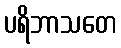
ပရိဘာသတေ